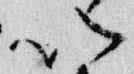
以